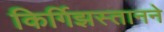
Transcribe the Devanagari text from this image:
किर्गिझस्तानने